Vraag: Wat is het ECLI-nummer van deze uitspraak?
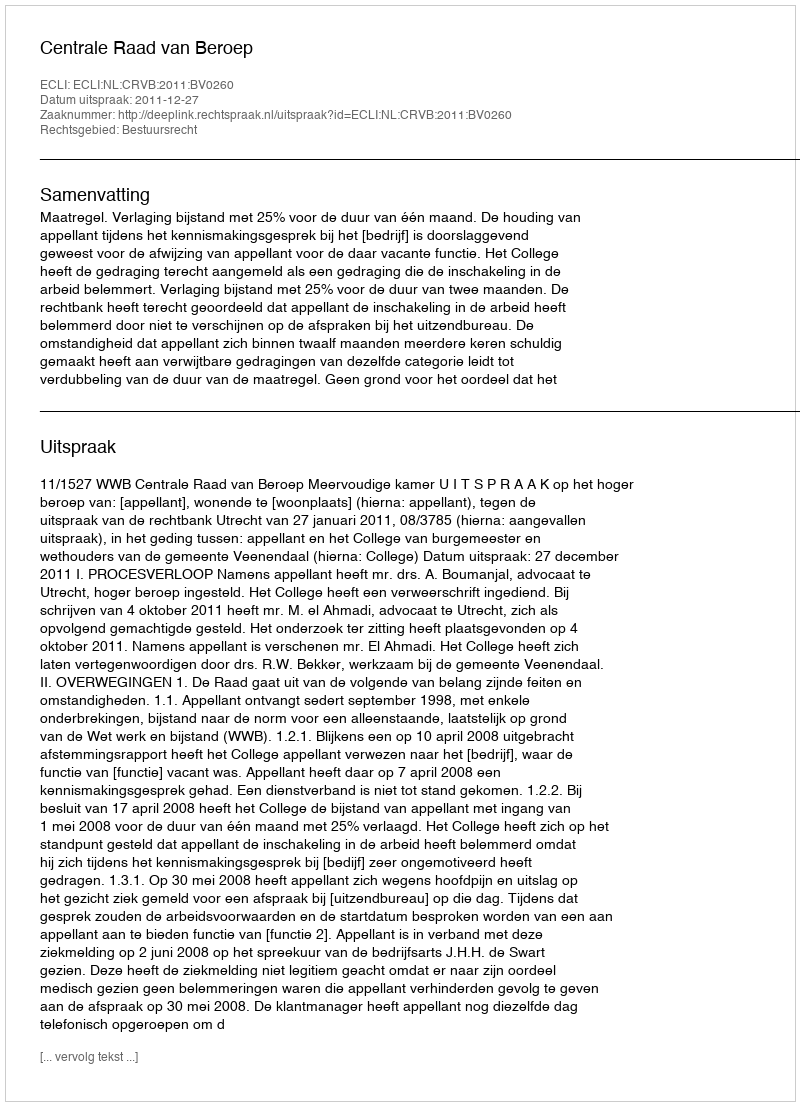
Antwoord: ECLI:NL:CRVB:2011:BV0260